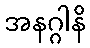
အနဂ္ဂါနိ